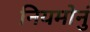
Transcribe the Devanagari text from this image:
नियमोनुं